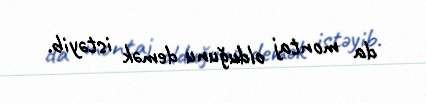
da montaj olduğunu demək istəyib.